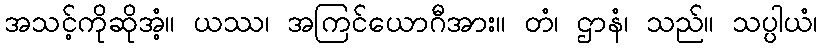
အသင့်ကိုဆိုအံ့။ ယဿ၊ အကြင်ယောဂီအား။ တံ၊ ဌာနံ၊ သည်။ သပ္ပါယံ၊